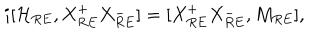
i [ { \cal H } _ { R E } , X _ { R E } ^ { + } X _ { R E } ^ { - } ] = [ X _ { R E } ^ { + } X _ { R E } ^ { - } , M _ { R E } ] ,